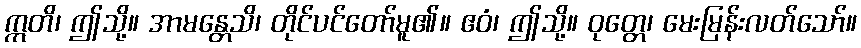
ဣတိ၊ ဤသို့။ အာမန္တေသိ၊ တိုင်ပင်တော်မူ၏။ ဧဝံ၊ ဤသို့။ ဝုတ္တေ၊ မေးမြန်းလတ်သော်။